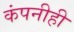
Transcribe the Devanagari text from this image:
कंपनीही